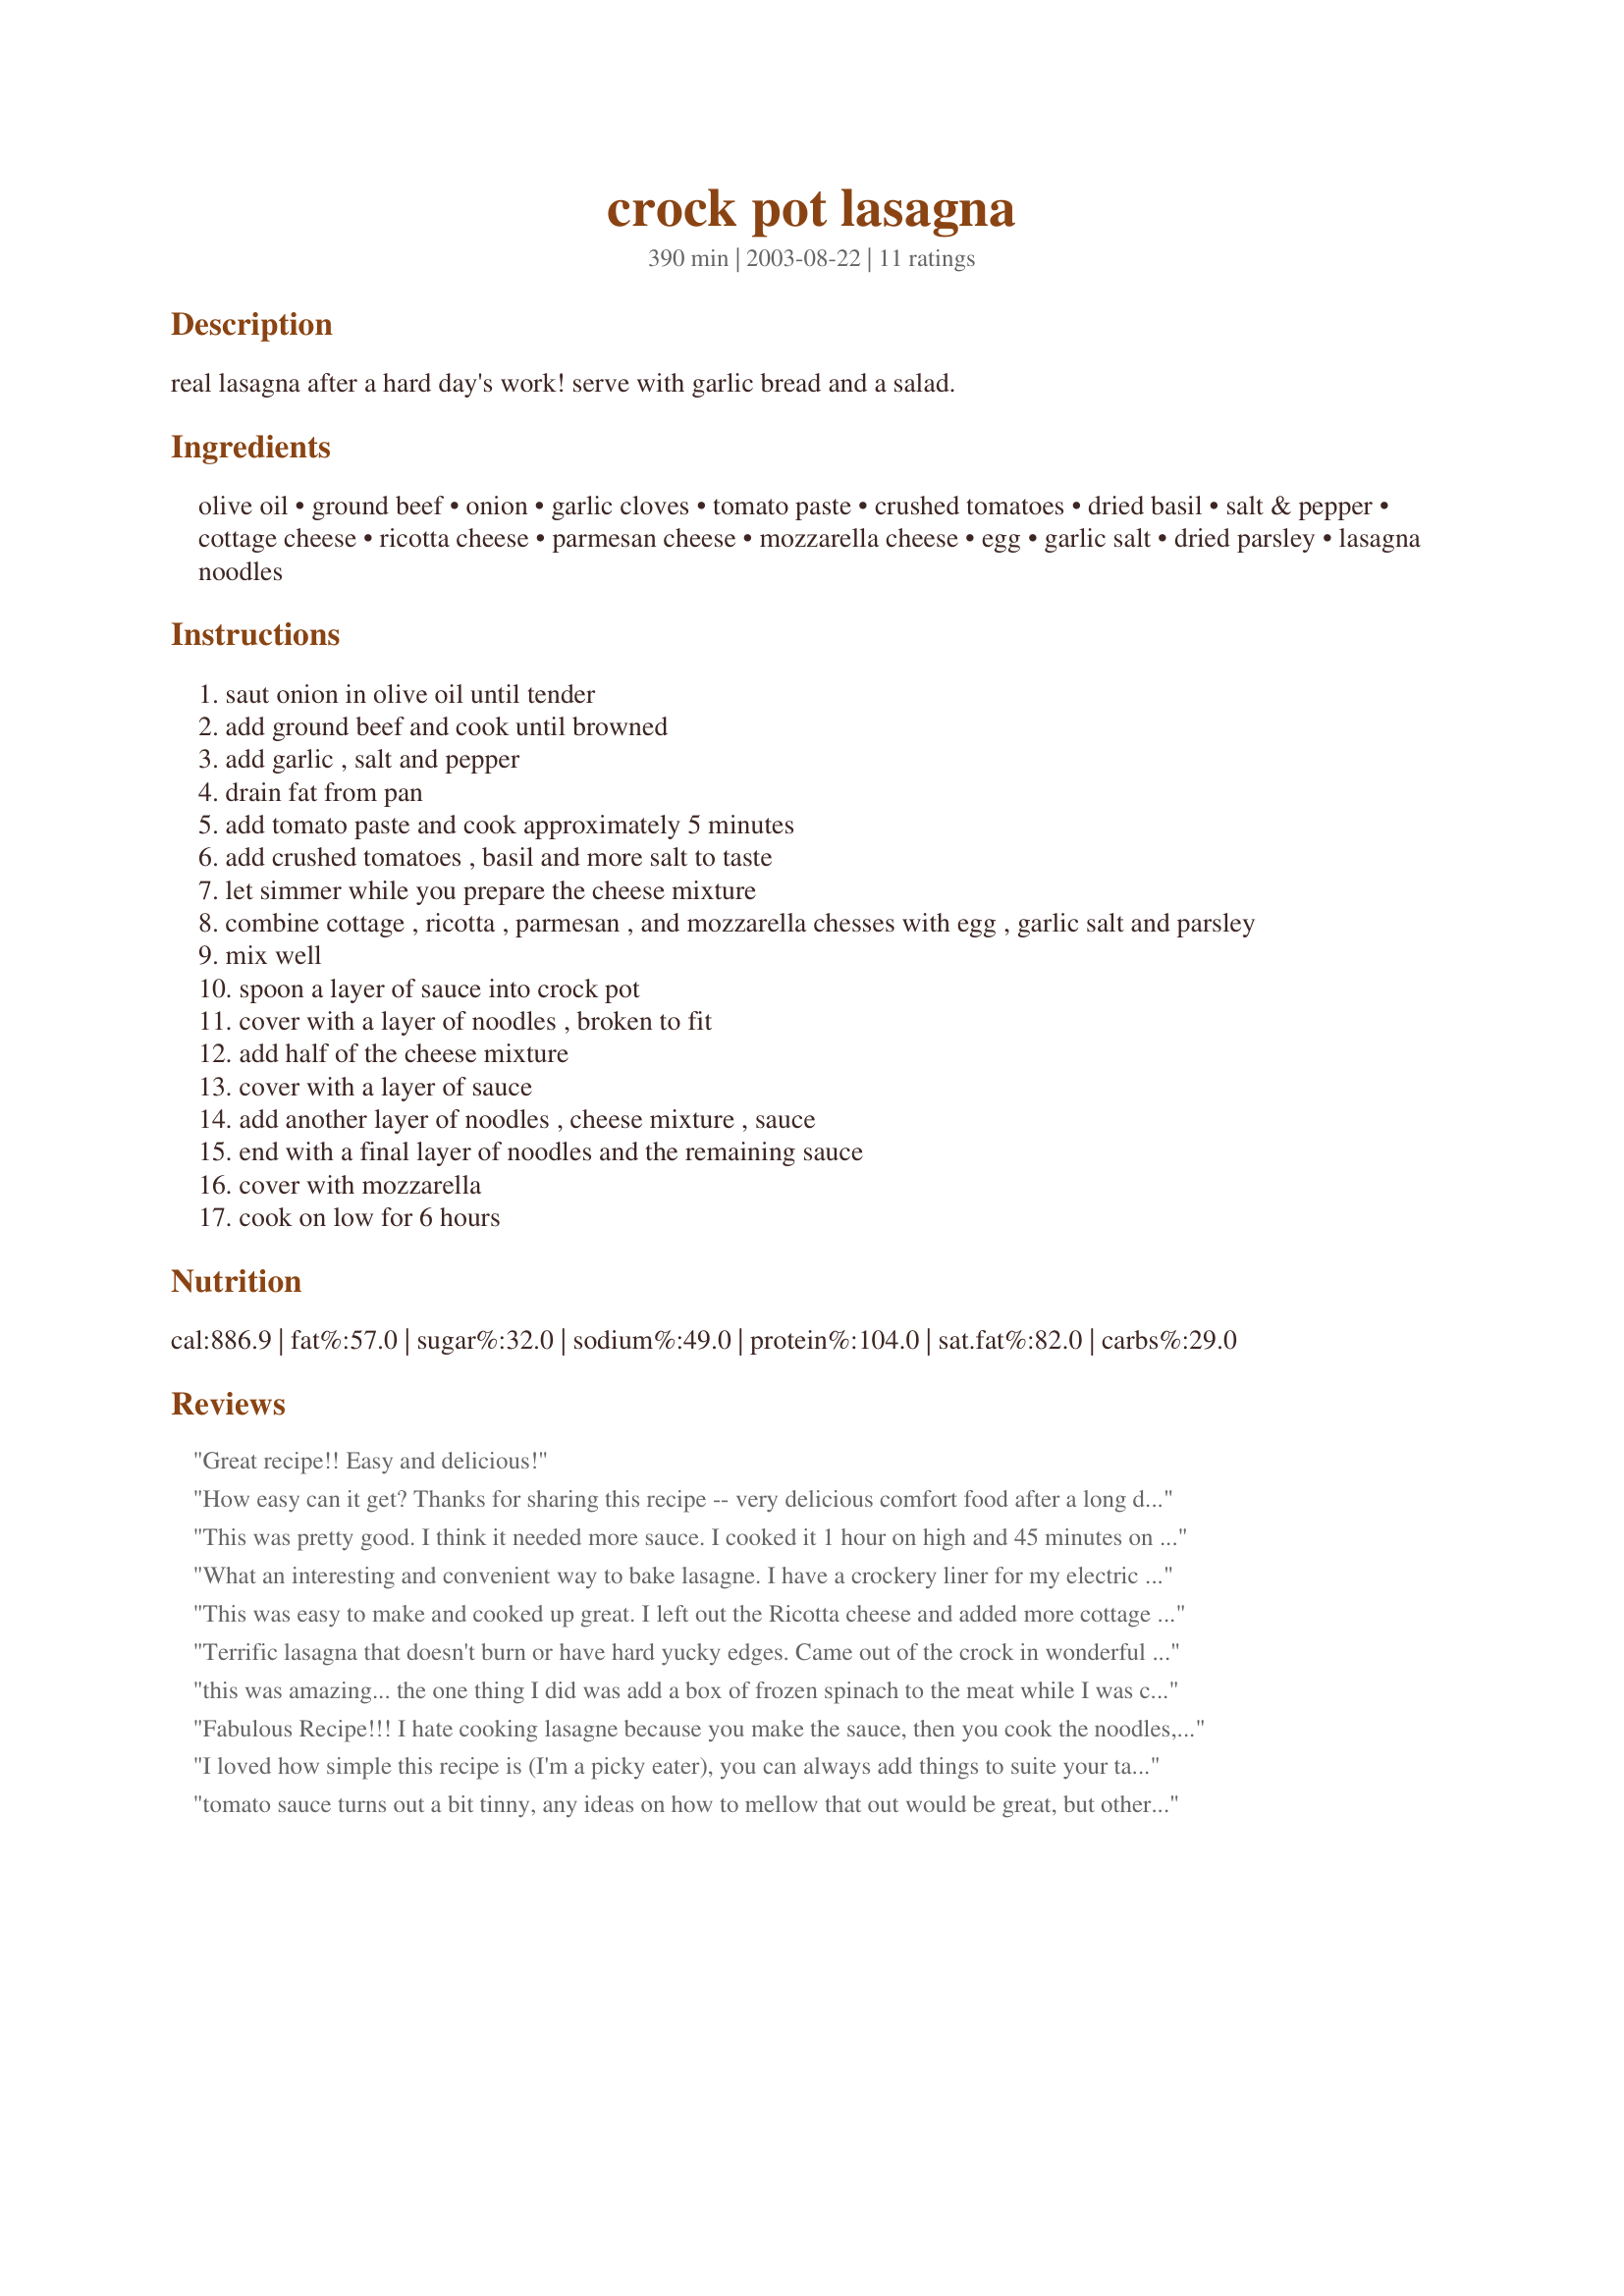
crock pot lasagna
Preparation time: 390 minutes

real lasagna after a hard day's work! serve with garlic bread and a salad.

Ingredients:
olive oil, ground beef, onion, garlic cloves, tomato paste, crushed tomatoes, dried basil, salt & pepper, cottage cheese, ricotta cheese, parmesan cheese, mozzarella cheese, egg, garlic salt, dried parsley, lasagna noodles

Steps:
saut onion in olive oil until tender
add ground beef and cook until browned
add garlic , salt and pepper
drain fat from pan
add tomato paste and cook approximately 5 minutes
add crushed tomatoes , basil and more salt to taste
let simmer while you prepare the cheese mixture
combine cottage , ricotta , parmesan , and mozzarella chesses with egg , garlic salt and parsley
mix well
spoon a layer of sauce into crock pot
cover with a layer of noodles , broken to fit
add half of the cheese mixture
cover with a layer of sauce
add another layer of noodles , cheese mixture , sauce
end with a final layer of noodles and the remaining sauce
cover with mozzarella
cook on low for 6 hours

Reviews:
Great recipe!! Easy and delicious!
How easy can it get? Thanks for sharing this recipe -- very delicious comfort food after a long day. I used Kittencal's sauce #71273 and it turned out delish.
This was pretty good. I think it needed more sauce. I cooked it 1 hour on high and 45 minutes on low and it was done. The noodles are a little mushier than when I cook it in the oven but other than that it came out ok. This is great for when you dont want to spend a lot of time making a pan of lasagna from scratch, takes very little time to put together.
What an interesting and convenient way to bake lasagne. I have a crockery liner for my electric skillet, so I cooked the recipe in that. It was terrific. Thanks for the recipe.
This was easy to make and cooked up great. I left out the Ricotta cheese and added more cottage cheese. It turned out fine!
Terrific lasagna that doesn't burn or have hard yucky edges. Came out of the crock in wonderful stay together pieces. Great for a crowd. Thanks so much!
this was amazing... the one thing I did was add a box of frozen spinach to the meat while I was cooking it and it was good... thank you for such a great and easy receipe...
Fabulous Recipe!!! I hate cooking lasagne because you make the sauce, then you cook the noodles, then you put it together... Big long process. And I refuse to use premade anything. This is perfect because it's totally homemade, but still all in one forty five minute session. And yummy!
I loved how simple this recipe is (I'm a picky eater), you can always add things to suite your taste. I cheated and used about 34 oz of prepared spaghetti sauce and added 1/2 cup water. I dipped the lasangna noodles in water for a few seconds before adding to the pot. I also added the topping of mozzarella in the last 30 min.;that way it wouldn't completely melt away. Hard to serve neatly from the pot, but once I managed (with help) to turn the pot over onto a large bowl and after it sat it held together fine. I've made it twice and am very happy. Thank You!
tomato sauce turns out a bit tinny, any ideas on how to mellow that out would be great, but other than that, it is the best Lasagna I've made. THNX!
Everyone in my family loved this recipe!! It was easy to make and yummy... Thank you so much for sharing!
